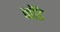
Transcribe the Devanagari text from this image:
नॉडे